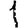
Digit: 1